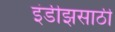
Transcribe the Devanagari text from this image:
इंडीझसाठी